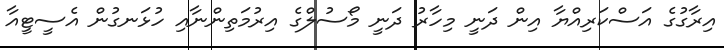
އިރާގުގެ އަސްކަރިއްޔާ އިން ދަނީ މިހާރު ދަނީ މޯސުލްގެ އިރުމަތިންނާއި ހުޅަނގުން އެސީޓީއާ